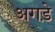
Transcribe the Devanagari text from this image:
अगड़े